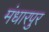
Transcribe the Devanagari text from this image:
मंधारपुर